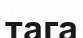
тага